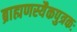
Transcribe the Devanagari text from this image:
ब्राह्मणस्यैकपुत्रकः